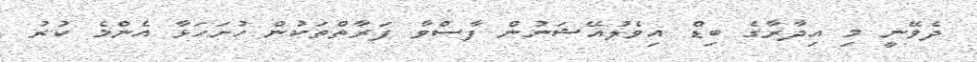
ދެވޭނީ މި އިދާރާގެ ބިޑް އިވެލުއޭޝަނުން ފާސްވާ ފަރާތްތަކުން ހުށަހަޅާ އެންމެ ކުރު